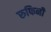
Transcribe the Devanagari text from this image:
रुफिनी